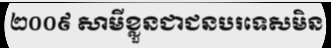
២០០៩ សាមីខ្លួនជាជនបរទេសមិន